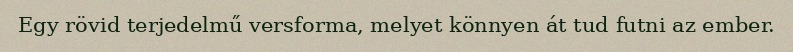
Egy rövid terjedelmű versforma, melyet könnyen át tud futni az ember.